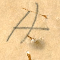
A